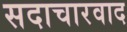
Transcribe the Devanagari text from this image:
सदाचारवाद